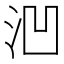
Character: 𪵲